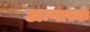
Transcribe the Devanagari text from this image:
अन्गार्स्क